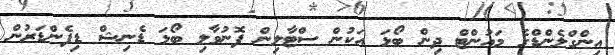
އިންގްލެންޑްގެ މައުންޓް ދިން ބޯޅަ އަކުން ސްޓާލިން ފޮނުވާލި ބޯޅަ ޑެނިޝް ޑިފެންޑަރުން